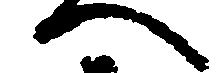
へ